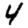
Digit: 4